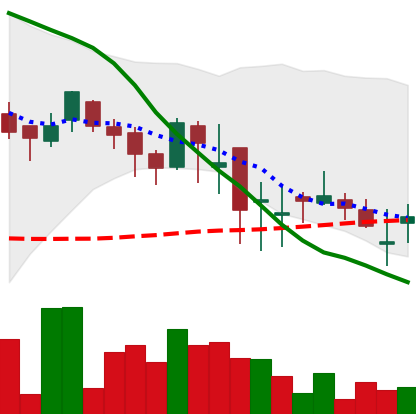
Ticker: DOGE-USD
Chart end date: 2018-05-19
Forward return: -18.362%
Label: down_7plus